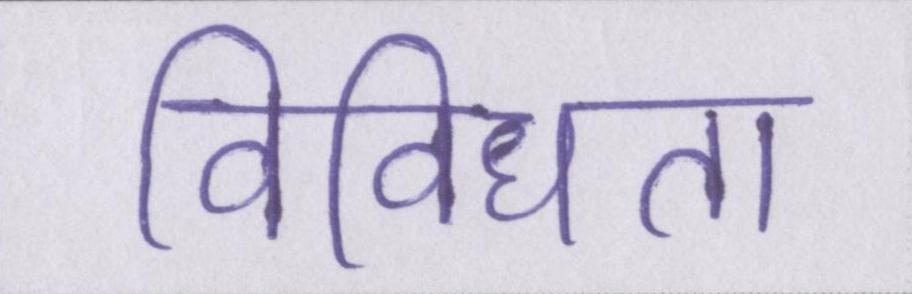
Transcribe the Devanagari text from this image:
विविधता